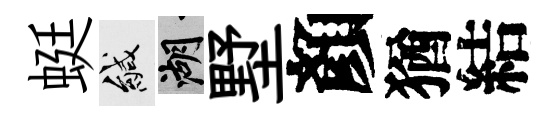
蜓緘湖墅顏猶結